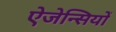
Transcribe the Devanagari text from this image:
ऐजेन्सियों